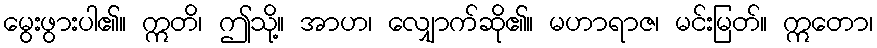
မွေးဖွားပါ၏။ ဣတိ၊ ဤသို့။ အာဟ၊ လျှောက်ဆို၏။ မဟာရာဇ၊ မင်းမြတ်။ ဣတော၊